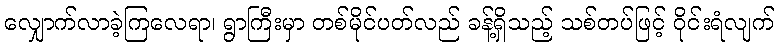
လျှောက်လာခဲ့ကြလေရာ၊ ရွာကြီးမှာ တစ်မိုင်ပတ်လည် ခန့်ရှိသည့် သစ်တပ်ဖြင့် ဝိုင်းရံလျက်